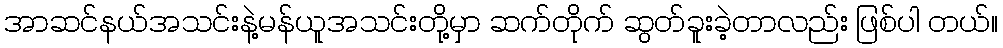
အာဆင်နယ်အသင်းနဲ့မန်ယူအသင်းတို့မှာ ဆက်တိုက် ဆွတ်ခူးခဲ့တာလည်း ဖြစ်ပါ တယ်။